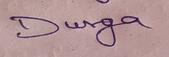
Signature authenticity: genuine